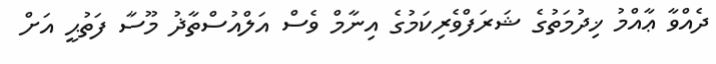
ދެއްވާ ޢާއްމު ޚިދުމަތުގެ ޝަރަފްވެރިކަމުގެ އިނާމް ވެސް އަލްއުސްތާޛު މޫސާ ފަތުޙީ އަށް